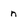
Character: n